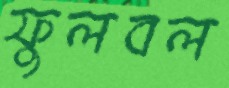
ফুলবল